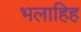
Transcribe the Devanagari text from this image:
भलाहिह